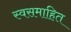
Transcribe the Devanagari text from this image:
स्वसमाहित